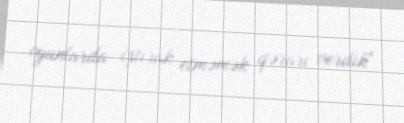
oyunlarda iştirak etməmək qərarı verdik".